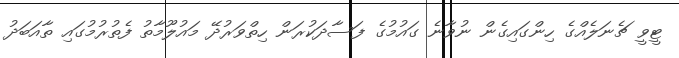
ޓީވީ ޗެނަލެއްގެ ހިންގައިގެން ނުވާނެ ގައުމުގެ ފަސާދަކުރަން ހިތްވަރުދޭ މައުލޫމާތު ފެތުރުމުގައި ތާއަބަދު